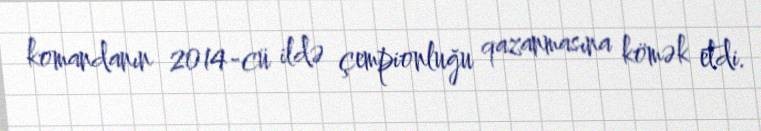
komandanın 2014-cü ildə çempionluğu qazanmasına kömək etdi.